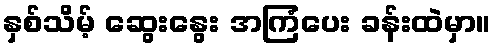
နှစ်သိမ့် ဆွေးနွေး အကြံပေး ခန်းထဲမှာ။